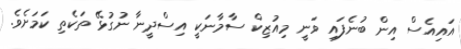
އައިއެސް އިން ބުނެފައި ވަނީ މިއުޒިކް ސާމާާނަކީ އިސްދީނާ ނުގުޅޭ ތަކެތި ކަމަށެވެ.